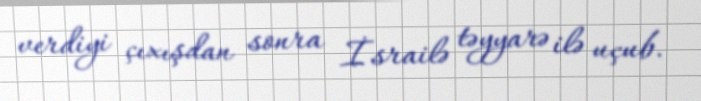
verdiyi çıxışdan sonra İsrailə təyyarə ilə uçub.